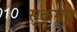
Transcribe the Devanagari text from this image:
सुकमार